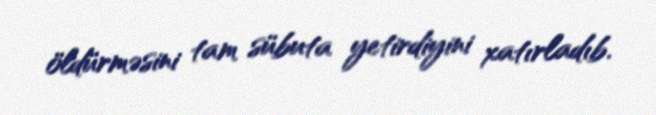
öldürməsini tam sübuta yetirdiyini xatırladıb.